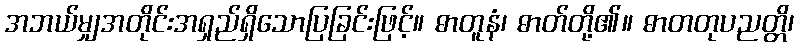
အဘယ်မျှအတိုင်းအရှည်ရှိသောပြခြင်းဖြင့်။ ဓာတူနံ၊ ဓာတ်တို့၏။ ဓာတတုပညတ္တိ၊